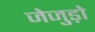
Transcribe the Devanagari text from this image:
जेजुड़ो